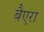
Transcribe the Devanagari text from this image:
बैएरा